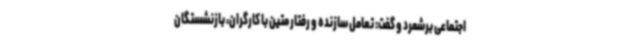
اجتماعی برشمرد و گفت: تعامل سازنده و رفتار متین با کارگران، بازنشستگان